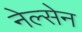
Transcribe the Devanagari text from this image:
नेल्सेन